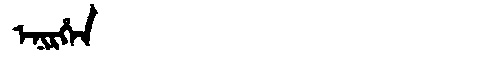
Manchu: ᡝᠨᡳᡵᡥᡝᠨ
Romanization: ENIRHEN